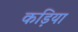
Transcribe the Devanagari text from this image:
कड़िया